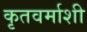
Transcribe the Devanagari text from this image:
कृतवर्माशी